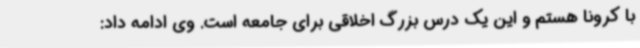
با کرونا هستم و این یک درس بزرگ اخلاقی برای جامعه است. وی ادامه داد: